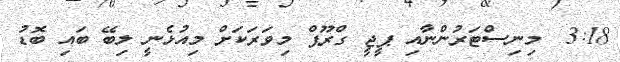
3:18  މިނިސްޓަރުންނާއި ޕީޖީ ގްރޫޕް މިވަރަކަށް މިއުޅެނީ ލިބޭ ބައި ބޮޑު